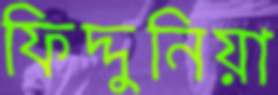
ফিদ্দুনিয়া